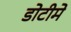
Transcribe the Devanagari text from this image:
डोटीमे